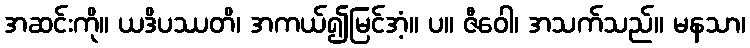
အဆင်းကို။ ယဒိပဿတိ၊ အကယ်၍မြင်အံ့။ ပ။ ဇီဝေါ၊ အသက်သည်။ မနသာ၊